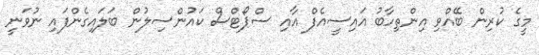
މީގެ ކުރިން ބޭއްވި އިންތިހާބު އައިސީއެފް އާއި ސްޕޯޓްސް ކައުންސިލުން ބަލައިގެންފައި ނުވަނީ